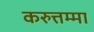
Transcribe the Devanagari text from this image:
करुत्तम्मा